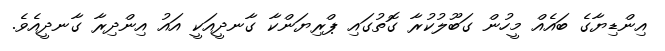
އިންޑިޔާގެ ބައެއް މީހުން ގަބޫލުކުރާ ގޮތުގައި ޕްރިޔަންކާ ގާނދީއަކީ އައު އިންދިރާ ގާނދީއެވެ.